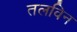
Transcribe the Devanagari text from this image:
तलविन